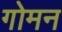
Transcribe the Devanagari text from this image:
गोमन